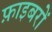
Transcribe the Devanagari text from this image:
फ़ाइबरों